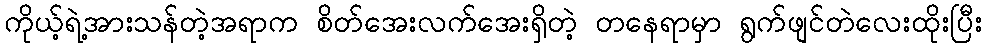
ကိုယ့်ရဲ့အားသန်တဲ့အရာက စိတ်အေးလက်အေးရှိတဲ့ တနေရာမှာ ရွက်ဖျင်တဲလေးထိုးပြီး